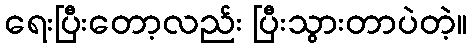
ရေးပြီးတော့လည်း ပြီးသွားတာပဲတဲ့။